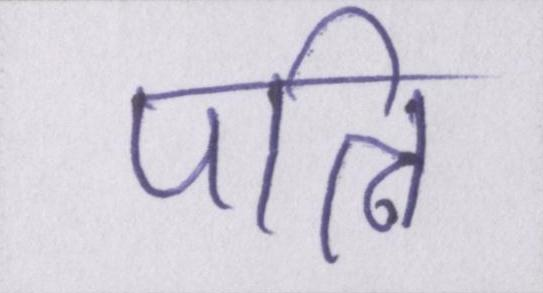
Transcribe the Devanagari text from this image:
पत्नि